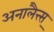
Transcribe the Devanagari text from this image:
अनालैत्त्स्